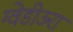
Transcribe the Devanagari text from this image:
ग्वेडीऊरा